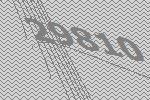
29810